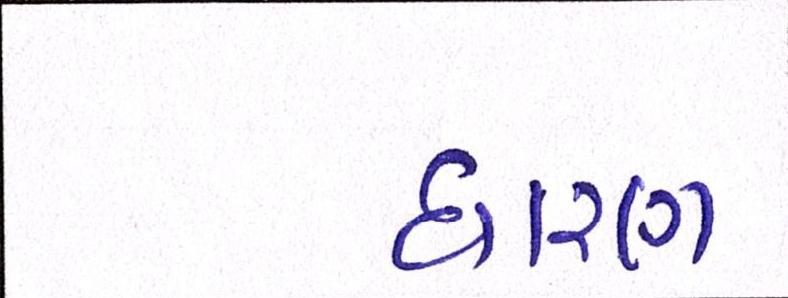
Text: ધારણ